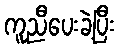
ကူညီပေးခဲ့ပြီး